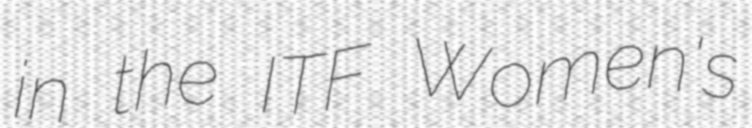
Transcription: in the ITF Women's